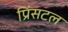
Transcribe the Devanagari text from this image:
प्रिंसटल